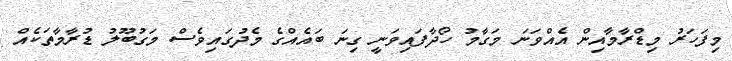
މިފަހަރު މިޑްރާމާއިން އެއްވަނަ މަގާމު ހޯދާފައިވަނީ ގިނަ ބައެއްގެ މެދުގައިވެސް މަގުބޫލު ޑުރާމާތަކެއް